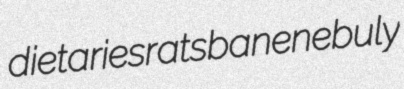
dietaries ratsbane nebuly